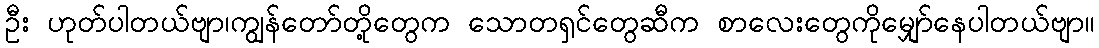
ဦး ဟုတ်ပါတယ်ဗျာ၊ကျွန်တော်တို့တွေက သောတရှင်တွေဆီက စာလေးတွေကိုမျှော်နေပါတယ်ဗျာ။